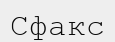
Сфакс